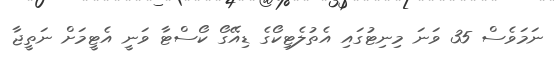
ނަމަވެސް 35 ވަނަ މިނިޓުގައި އެތުލެޓިކޯގެ ޑިއޭގޯ ކޯސްޓާ ވަނީ އެޓީމަށް ނަތީޖާ